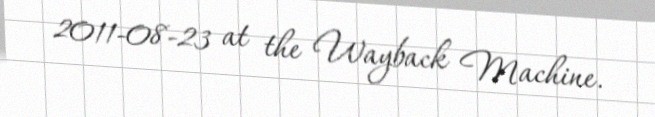
2011-08-23 at the Wayback Machine.